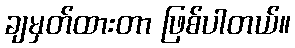
ချမှတ်ထားတာ ဖြစ်ပါတယ်။